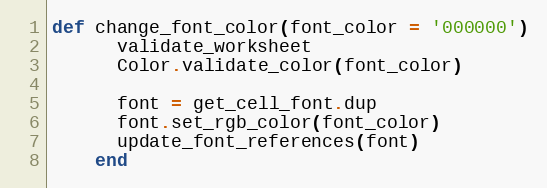
Language: Ruby
def change_font_color(font_color = '000000')
      validate_worksheet
      Color.validate_color(font_color)

      font = get_cell_font.dup
      font.set_rgb_color(font_color)
      update_font_references(font)
    end